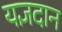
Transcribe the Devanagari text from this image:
यज्ञदान